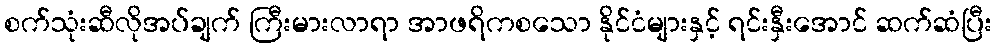
စက်သုံးဆီလိုအပ်ချက် ကြီးမားလာရာ အာဖရိကစသော နိုင်ငံများနှင့် ရင်းနှီးအောင် ဆက်ဆံပြီး